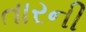
તારની